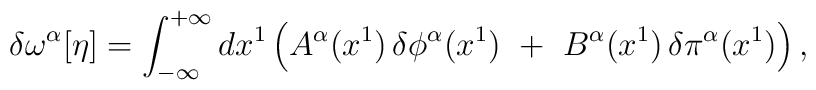
\delta \omega ^{\alpha} [\eta] = \int_{- \infty}^{+ \infty} dx^{1} \left( A^{\alpha}(x^{1}) \,\delta \phi ^{\alpha} (x^{1})\,\,+\,\,B ^{\alpha}(x^{1})\,\delta \pi ^{\alpha}(x^{1}) \right),